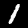
Digit: 1